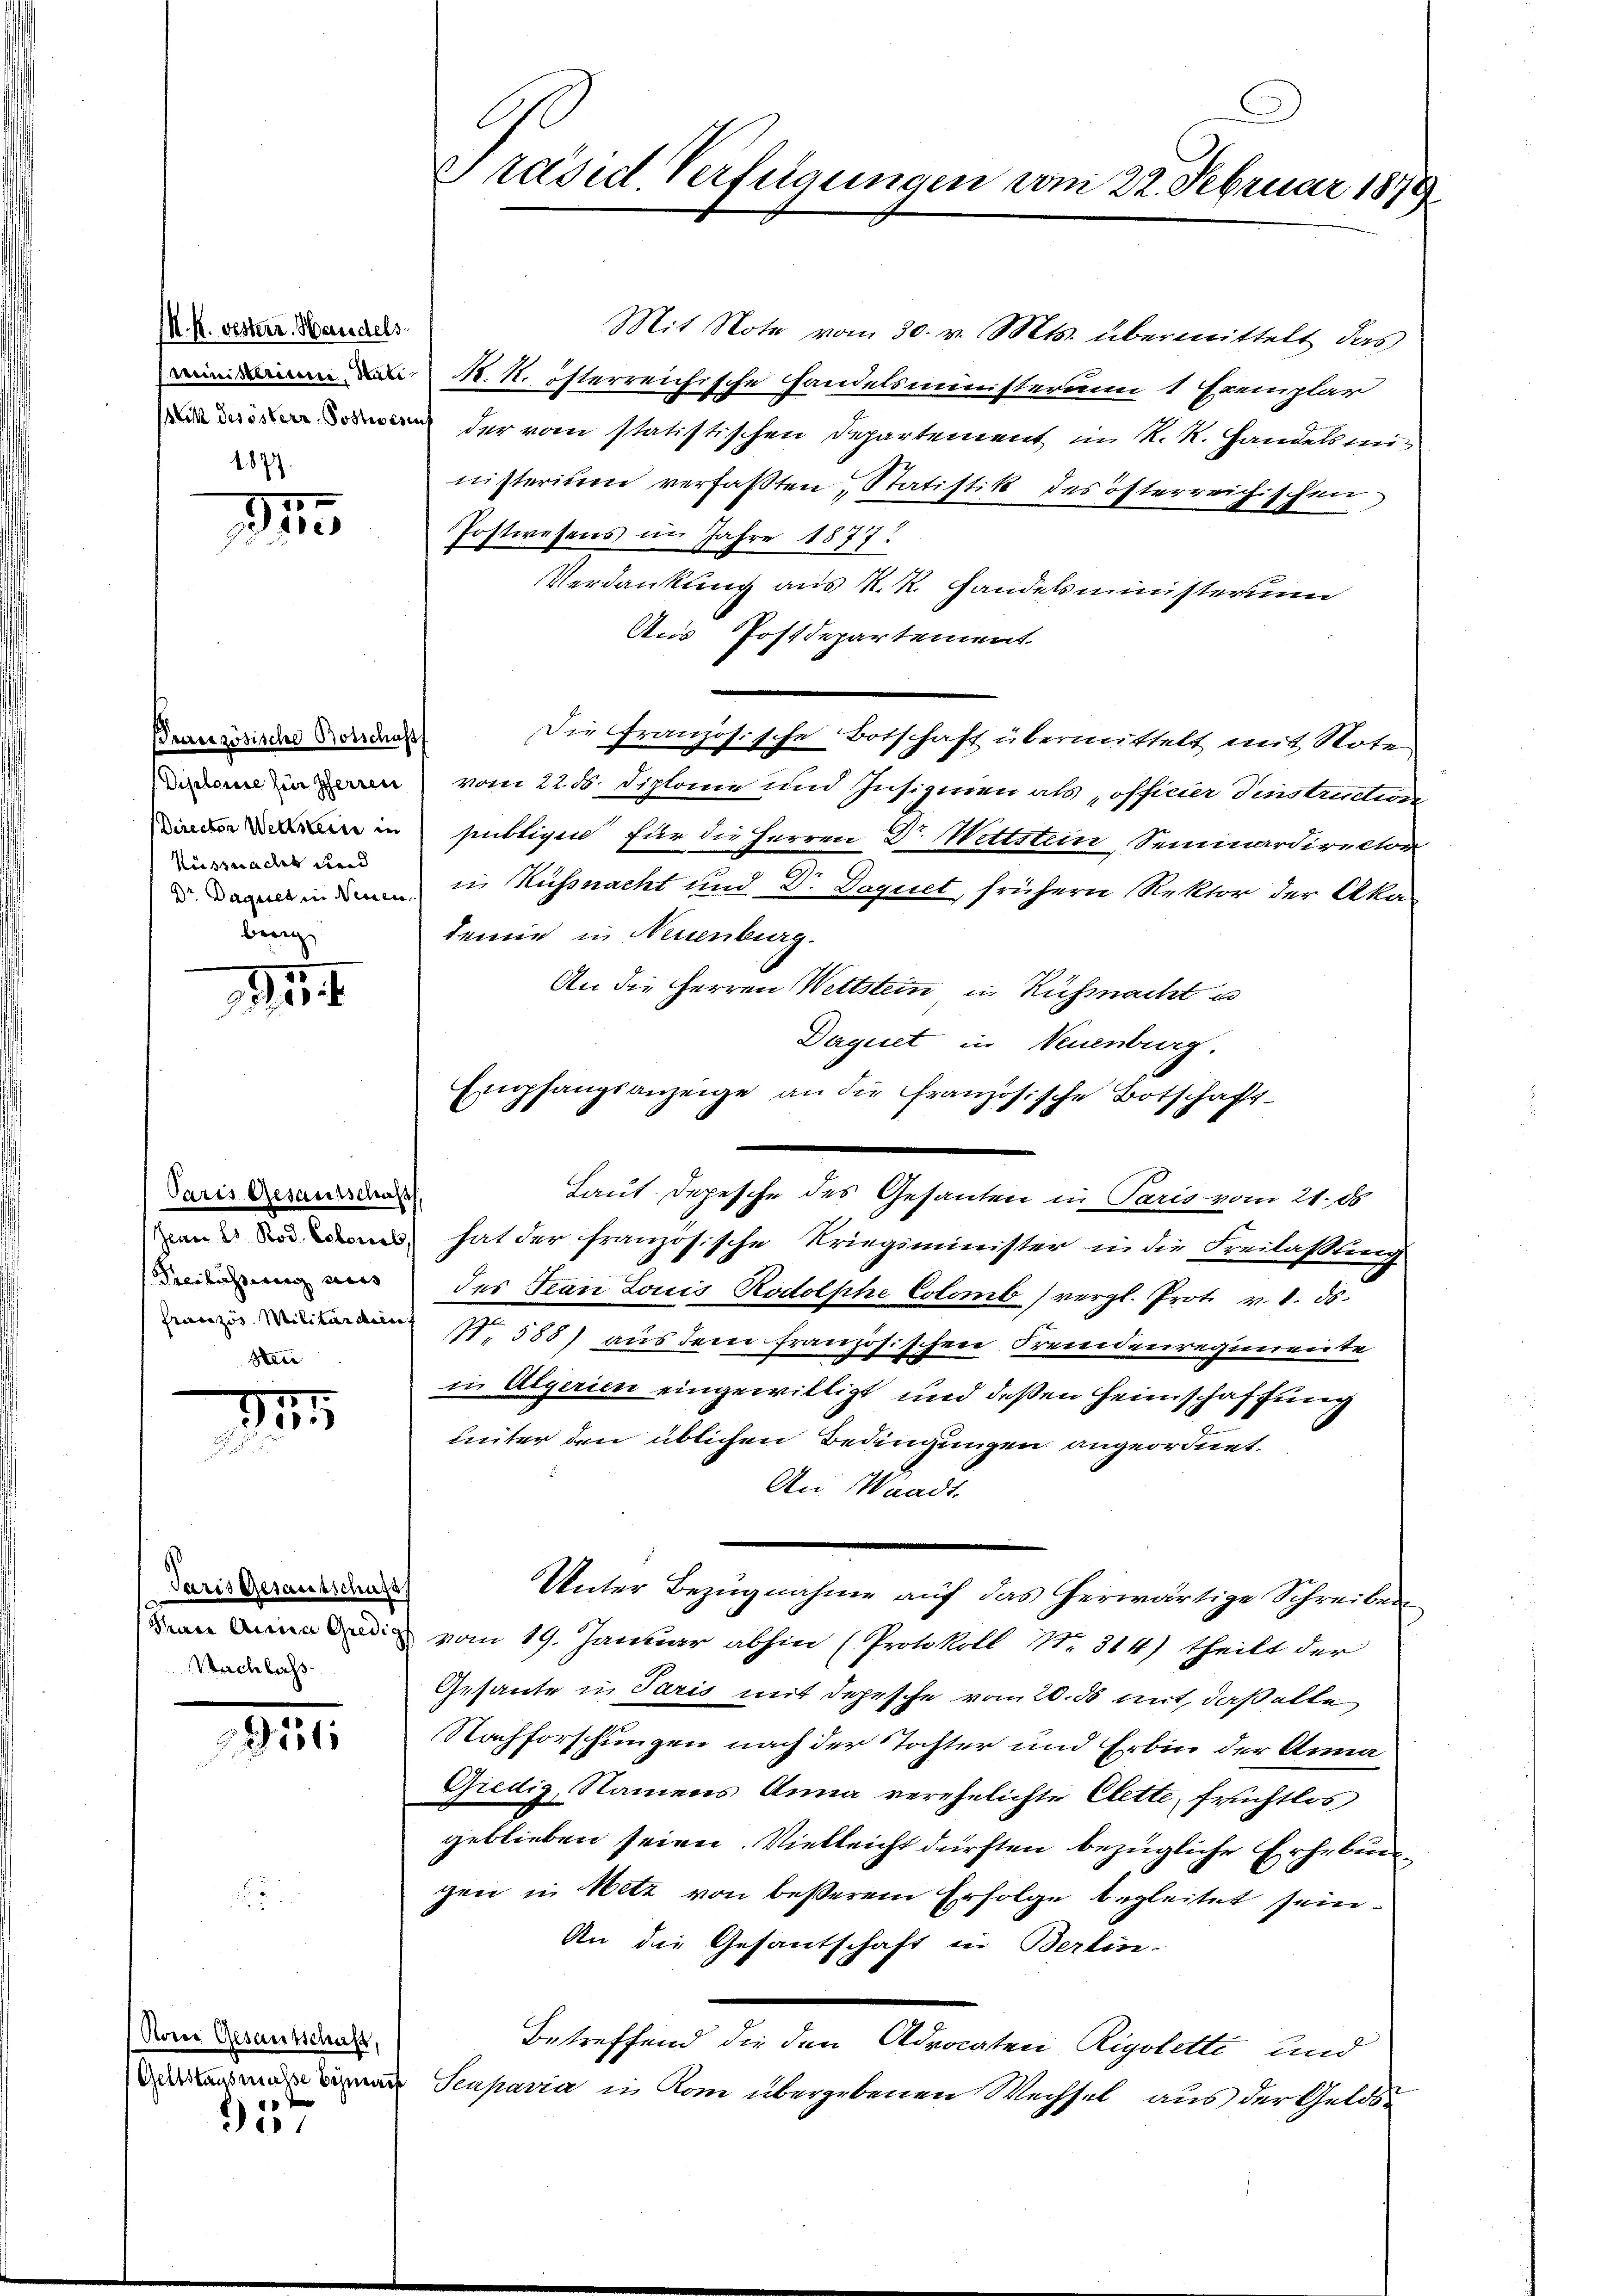
K. K. Oesterr. Handels
1877.

s
Du

Pranzösische Botschaft
Küssnachet und
Dr. Daguet in Neuen
berg

95

Paris Gesausschaft,
Freilasserung dies
Sten

1

Paris Gesamtschaft
Trace Anna Gredic
Nachlass

2951

Rores Gesantschaft,
Geltstagsmasse benach
 x

is

l
Präsid. Verfügungen vom 22. Februar 1879

Mit Note vom 30. v. Mts. übermittelt das
N. N. österreichische Handelsministerum 1 Exemplar
 der vom statistischen Departement, im K. R. Handelsministerium verfaßten, Statistik des österreichischen
Postwesens im Jahre 1877.
Verdankung aus R. R. Handelsministeriu
Aus Postdepartement.
Die Französische Botschaft übermittelt mit Note
edem in vom 22. d. Diplome und Insignien als officier Tinstruction
in hettigen für die Herren Dr. Wettstein Seminardirector
in Küssnacht und Dr. Daquet, frühern Rektor der Akademie in Neuenburg.
An die Herren Wettstein in Ruhmacht u
Daquet in Neuenburg.
Empfangsanzeige an die französische Botschaft
an den hat der französische Kriegsminister in die Freilaßung
des Tean Louis Rodolphe Colomb) vergl. Prot. v. 8. ds.
 N. 588) aus dem französischen Fremdenregimente
in Algerien eingewilligt und deßen Heimschaffung
Leiter den üblichen Bedingungen angeordnet.
An Waadt.
Unter Bezugnahme auf das herwärtige Schreiben
vom 19. Januar abhin (Protokoll No. 314) theilt der
Gesante in Paris mit Depesche vom 20. ds mit, daß alle
Nachforschungen nach der Tochter und Erbin der Anna
Giedig, Namens Anna verehelichte Clette, fruchtlos
geblieben seien. Vielleicht dürften bezügliche Erhebung
gen in Netz von besserem Erfolge begleitet sein.
An die Gesantschaft in Berlin-
Betreffend die den Advocaten Rigolette und
Seupavia in Rom übergebenen Wechsel aus der Gelds

Laut Depesche des Gesanten in Paris vom 21. ds.